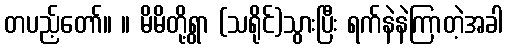
တပည့်တော်။ ။ မိမိတို့ရွာ (သရိုင်)သွားပြီး ရက်နဲနဲကြာတဲ့အခါ